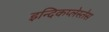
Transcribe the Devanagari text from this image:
इन्दिकप्लेस्तेस